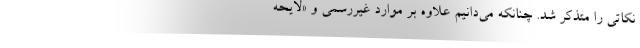
نکاتی را متذکر شد. چنانکه می‌دانیم علاوه بر موارد غیررسمی و «لایحه